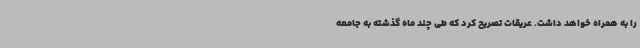
را به همراه خواهد داشت. عریقات تصریح کرد که طی چند ماه گذشته به جامعه